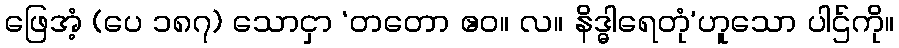
ဖြေအံ့ (ပေ ၁၈၇) သောငှာ ‘တတော ဧဝ။ လ။ နိဒ္ဓါရေတုံ’ဟူသော ပါဌ်ကို။